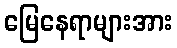
မြေနေရာများအား